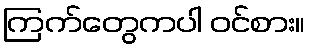
ကြက်တွေကပါ ဝင်စား။